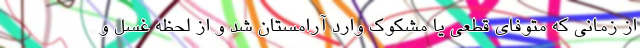
از زمانی که متوفای قطعی یا مشکوک وارد آرامستان شد و از لحظه غسل و